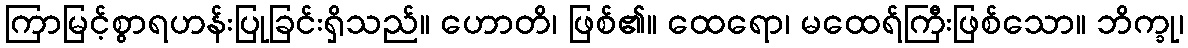
ကြာမြင့်စွာရဟန်းပြုခြင်းရှိသည်။ ဟောတိ၊ ဖြစ်၏။ ထေရော၊ မထေရ်ကြီးဖြစ်သော။ ဘိက္ခု၊